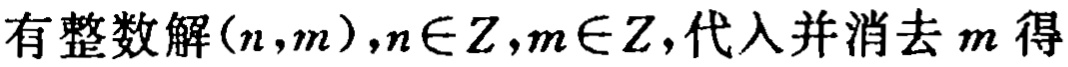
有整数解\((n,m)\)，\(n\in Z\)，\(m\in Z\)，代入并消去 \(m\) 得